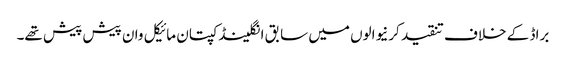
براڈ کے خلاف تنقید کرنیوالوں میں سابق انگلینڈ کپتان مائیکل وان پیش پیش تھے۔